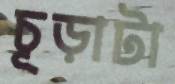
চূড়াটা